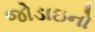
જોડાઇનો